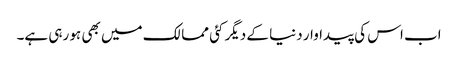
اب اس کی پیداوار دنیا کے دیگر کئی ممالک میں بھی ہو رہی ہے۔